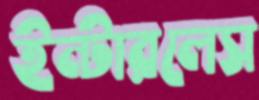
ইন্টারলেস